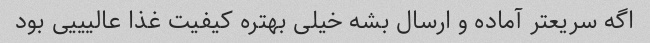
اگه سریعتر آماده و ارسال بشه خیلی بهتره کیفیت غذا عالیییی بود